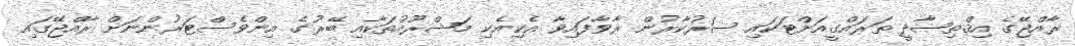
ރާއްޖޭގެ އިޤްތިޞާދީ ތަރައްގީއަށްޓަކައި ސަރުކާރުން ރާވާފައިވާ އެކިއެކި މަޝްރޫއުތަކާއި ބޭރުގެ އިންވެސްޓަރުންނަށް ރާއްޖޭގައި